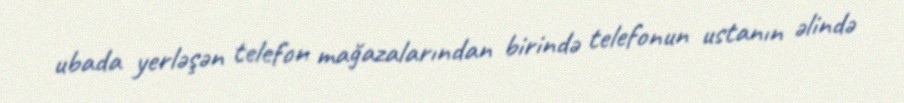
ubada yerləşən telefon mağazalarından birində telefonun ustanın əlində